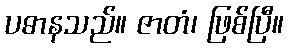
ပဓာနသည်။ ဇာတံ၊ ဖြစ်ပြီ။